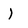
Character: 1